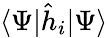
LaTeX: \langle\Psi|\hat{h}_{i}|\Psi\rangle